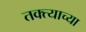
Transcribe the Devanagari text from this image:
तक्त्याच्या